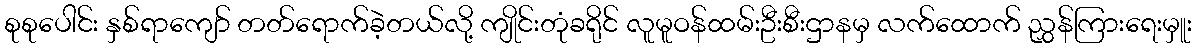
စုစုပေါင်း နှစ်ရာကျော် တတ်ရောက်ခဲ့တယ်လို့ ကျိုင်းတုံခရိုင် လူမူဝန်ထမ်းဦးစီးဌာနမှ လက်ထောက် ညွှန်ကြားရေးမှူး